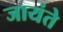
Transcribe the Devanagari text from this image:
जायंते